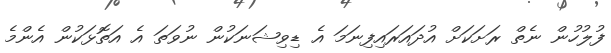
ފުލުހުން ނެތް ރަށަކަށް އުދައަރައިފިނަމަ އެ ޑިވިޝަނަކުން ނުވަތަ އެ އަތޮޅަކުން އެންމެ